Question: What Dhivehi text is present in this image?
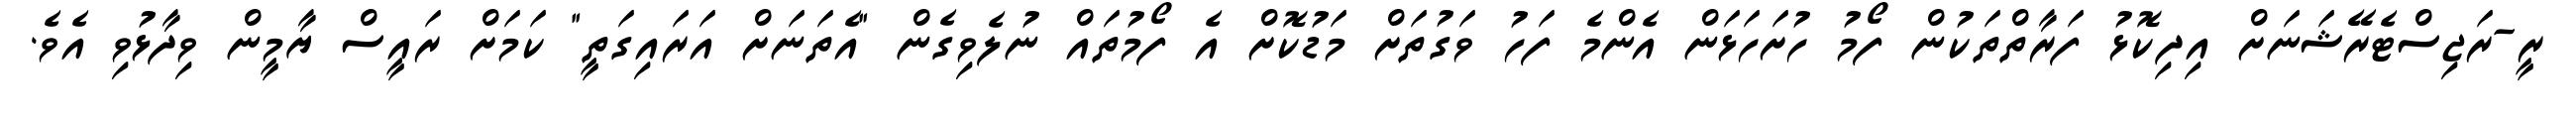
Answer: ރީ-ރަޖިސްޓެރޭޝަނަށް އިދިކޮޅު ފަރާތްތަކުން ފޯމު ހުށަހަޅަން އެންމެ ފަހު ވަގުތަށް މަޑުކޮށް އެ ފޯމުތައް ނުލެވިގެން "އެތަނަށް އަރައިގަތީ" ކަމަށް ރައީސް ޔާމީން ވިދާޅުވި އެވެ.